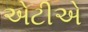
એટીએ